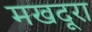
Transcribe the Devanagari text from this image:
मखदूरा